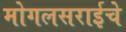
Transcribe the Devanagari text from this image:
मोगलसराईचे